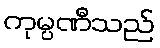
ကုမ္ပဏီသည်